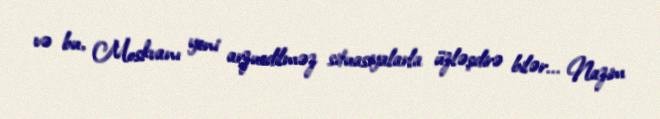
və bu, Moskvanı yeni arzuedilməz situasiyalarla üzləşdirə bilər... Nazim